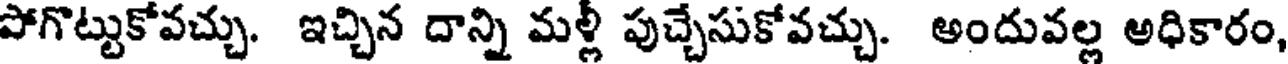
పోగొట్టుకోవచ్చు. ఇచ్చిన దాన్ని మళ్లీ పుచ్చేసుకోవచ్చు. అందువల్ల అధికారం,